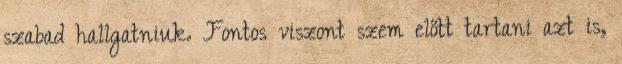
szabad hallgatniuk. Fontos viszont szem előtt tartani azt is,